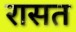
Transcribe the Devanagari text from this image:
रासत